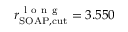
r _ { \mathrm { S O A P , c u t } } ^ { \mathrm { ~ l ~ o ~ n ~ g ~ } } = 3 . 5 5 0